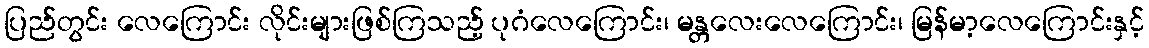
ပြည်တွင်း လေကြောင်း လိုင်းများဖြစ်ကြသည့် ပုဂံလေကြောင်း၊ မန္တလေးလေကြောင်း၊ မြန်မာ့လေကြောင်းနှင့်